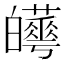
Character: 𤾼